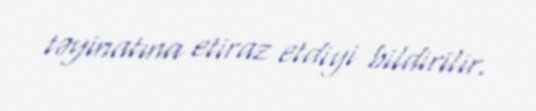
təyinatına etiraz etdiyi bildirilir.